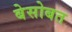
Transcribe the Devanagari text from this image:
बेसोबत